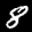
Label: 8